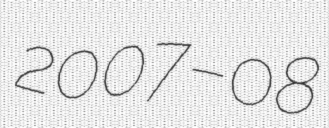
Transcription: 2007–08